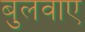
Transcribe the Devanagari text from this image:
बुलवाए